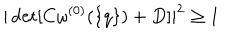
| \det [ C \omega ^ { ( 0 ) } ( \{ q \} ) + D ] | ^ { 2 } \geq 1